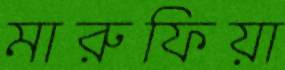
মারুফিয়া